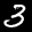
Label: 3